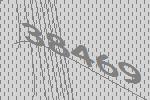
38469